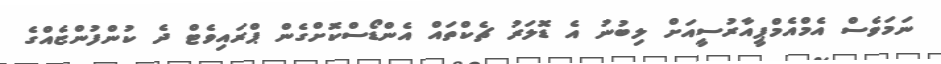
ނަމަވެސް އެމްއެމްޕީއާރުސީއަށް ލިބުނު އެ ޑޮލަރު ޗެކްތައް އެންޑޯސްކޮށްގެން ޕްރައިވެޓް ދެ ކުންފުންޏެއްގެ